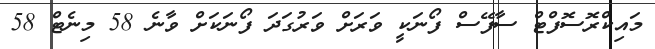
މައިކްރޮސޮފްޓް ސާފޭސް ފޯނަކީ ވަރަށް ވަރުގަދަ ފޯނަކަށް ވާނެ 58 މިނެޓް 58